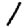
Digit: 1